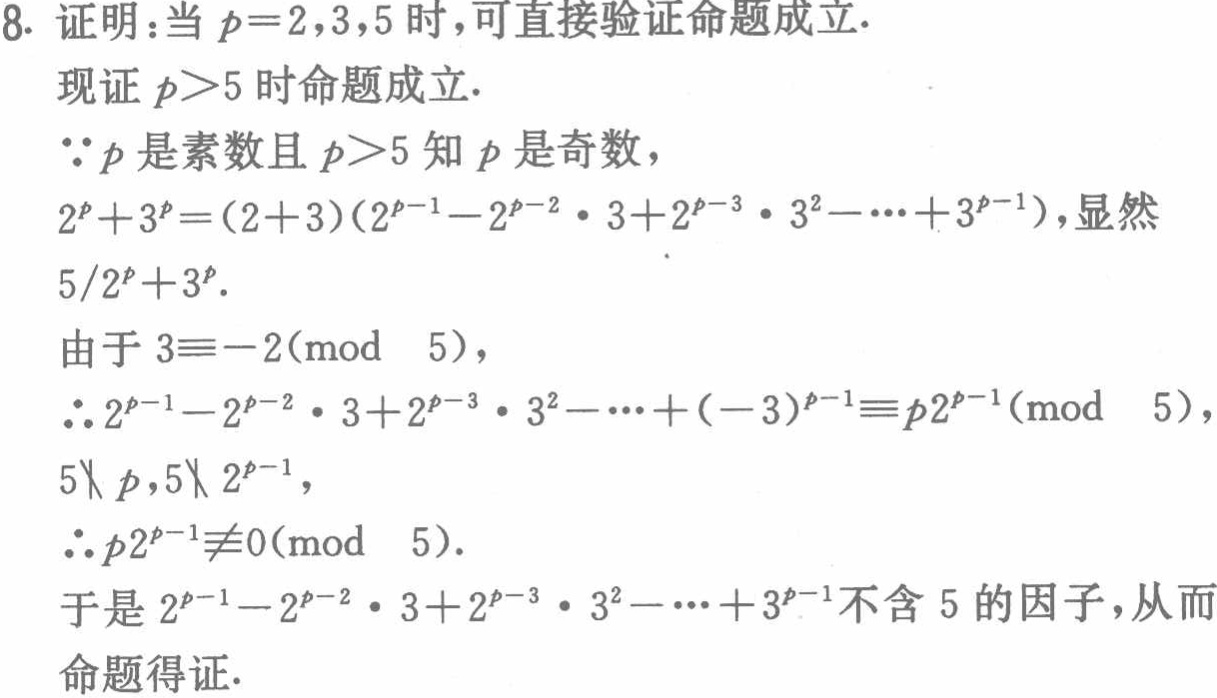
8. 证明：当 \(p = 2,3,5\) 时，可直接验证命题成立.

现证 \(p>5\) 时命题成立.

\(\because p\) 是素数且 \(p>5\) 知 \(p\) 是奇数，

\(2^{p}+3^{p}=(2 + 3)(2^{p - 1}-2^{p - 2}\cdot3+2^{p - 3}\cdot3^{2}-\cdots+3^{p - 1})\)，显然 \(5\mid 2^{p}+3^{p}\).

由于 \(3\equiv - 2(\bmod\ 5)\)，

\(\therefore 2^{p - 1}-2^{p - 2}\cdot3+2^{p - 3}\cdot3^{2}-\cdots+(-3)^{p - 1}\equiv p2^{p - 1}(\bmod\ 5)\)，

\(5\nmid p,5\nmid 2^{p - 1}\)，

\(\therefore p2^{p - 1}\not\equiv0(\bmod\ 5)\).

于是 \(2^{p - 1}-2^{p - 2}\cdot3+2^{p - 3}\cdot3^{2}-\cdots+3^{p - 1}\) 不含 \(5\) 的因子，从而命题得证.